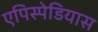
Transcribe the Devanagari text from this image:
एपिस्पेडियास